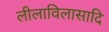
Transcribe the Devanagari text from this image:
लीलाविलासादि